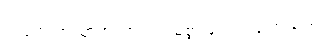
ကရုက အညှာအတာကင်းမဲ့စွာဖြင့် ဝင်ပြောသည်။